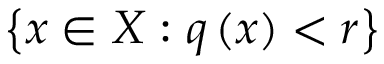
\left\{ x \in X : q \left( x \right) < r \right\}